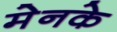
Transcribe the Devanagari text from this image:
मेनके